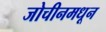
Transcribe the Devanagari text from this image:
जोचीनमधून